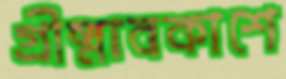
গ্রীষ্মাবকাশে